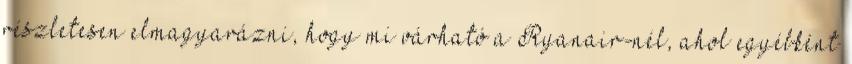
részletesen elmagyarázni, hogy mi várható a Ryanair-nél, ahol egyébként